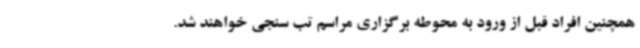
همچنین افراد قبل از ورود به محوطه برگزاری مراسم تب سنجی خواهند شد.